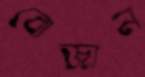
বোজান